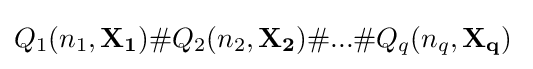
Q_{1}(n_{1},\mathbf {X_{1}} )\#Q_{2}(n_{2},\mathbf {X_{2}} )\#...\#Q_{q}(n_{q},\mathbf {X_{q}} )\;